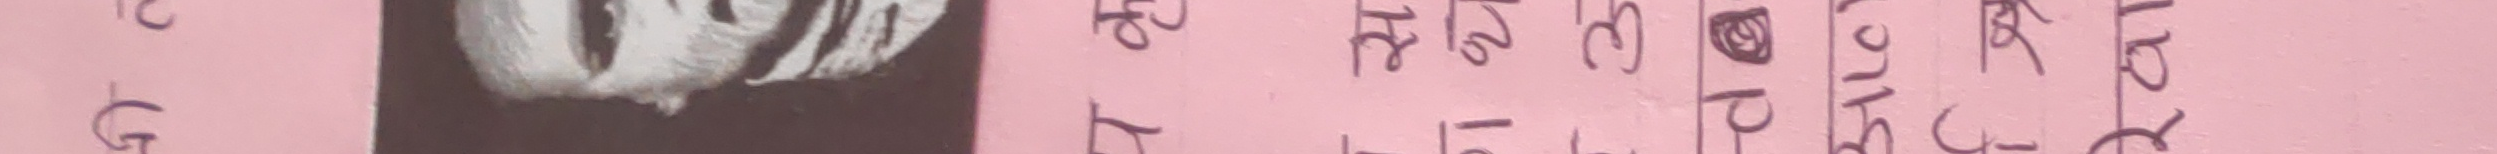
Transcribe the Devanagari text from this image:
ग त २१ ३० कार कार्त
ग त ३१ ४४ प परिप परा